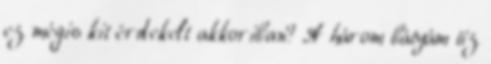
ez mégis kit érdekelt akkoriban? A három bátyám tíz